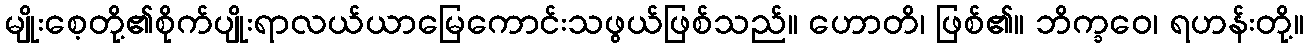
မျိုးစေ့တို့၏စိုက်ပျိုးရာလယ်ယာမြေကောင်းသဖွယ်ဖြစ်သည်။ ဟောတိ၊ ဖြစ်၏။ ဘိက္ခဝေ၊ ရဟန်းတို့။